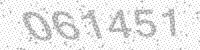
Solution: 061451